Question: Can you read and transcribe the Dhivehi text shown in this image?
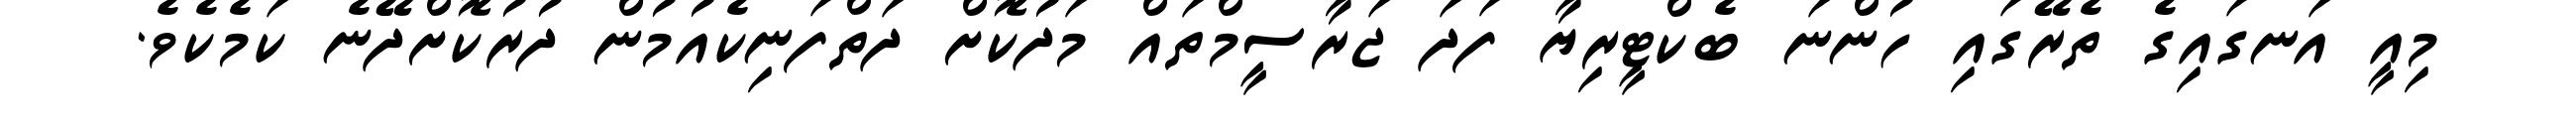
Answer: މިއީ އަނގައިގެ ތެރޭގައި ހުންނަ ބެކްޓީރިޔާ ފަދަ ޖަރާސީމްތައް މަދުކޮށް ދަތްފަނިކެއުމުން ދުރުކޮށްދޭނެ ކަމެކެވެ.